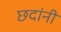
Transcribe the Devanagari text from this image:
छदांनी